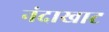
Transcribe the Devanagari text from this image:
नंदाखाट